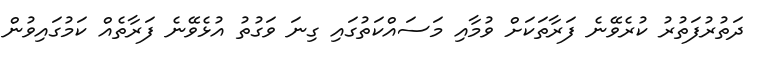
ދަތުރުފަތުރު ކުރެވޭނެ ފަރާތަކަށް ވުމާއި މަސައްކަތުގައި ގިނަ ވަގުތު އުޅެވޭނެ ފަރާތެއް ކަމުގައިވުން